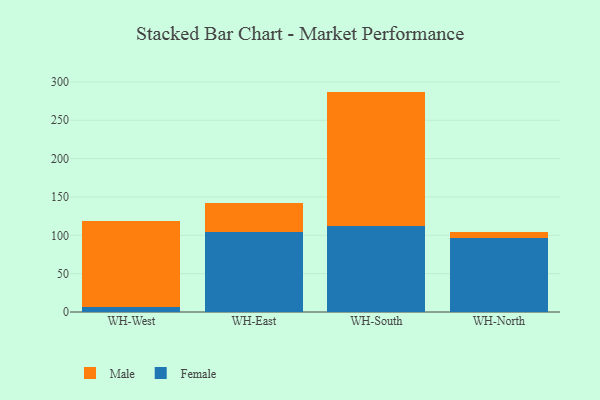
{"axis": {"x": "Warehouse", "y": "Backlog"}, "legend": ["Female", "Male"], "data": [{"x": "WH-West", "y": 6.3, "type": "Female"}, {"x": "WH-West", "y": 112.9, "type": "Male"}, {"x": "WH-East", "y": 104.2, "type": "Female"}, {"x": "WH-East", "y": 38.2, "type": "Male"}, {"x": "WH-South", "y": 112.8, "type": "Female"}, {"x": "WH-South", "y": 174.6, "type": "Male"}, {"x": "WH-North", "y": 96.1, "type": "Female"}, {"x": "WH-North", "y": 8.6, "type": "Male"}]}